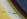
الأزواج